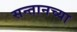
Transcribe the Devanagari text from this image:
सन्तानच्या